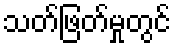
သတ်ဖြတ်မှုတွင်